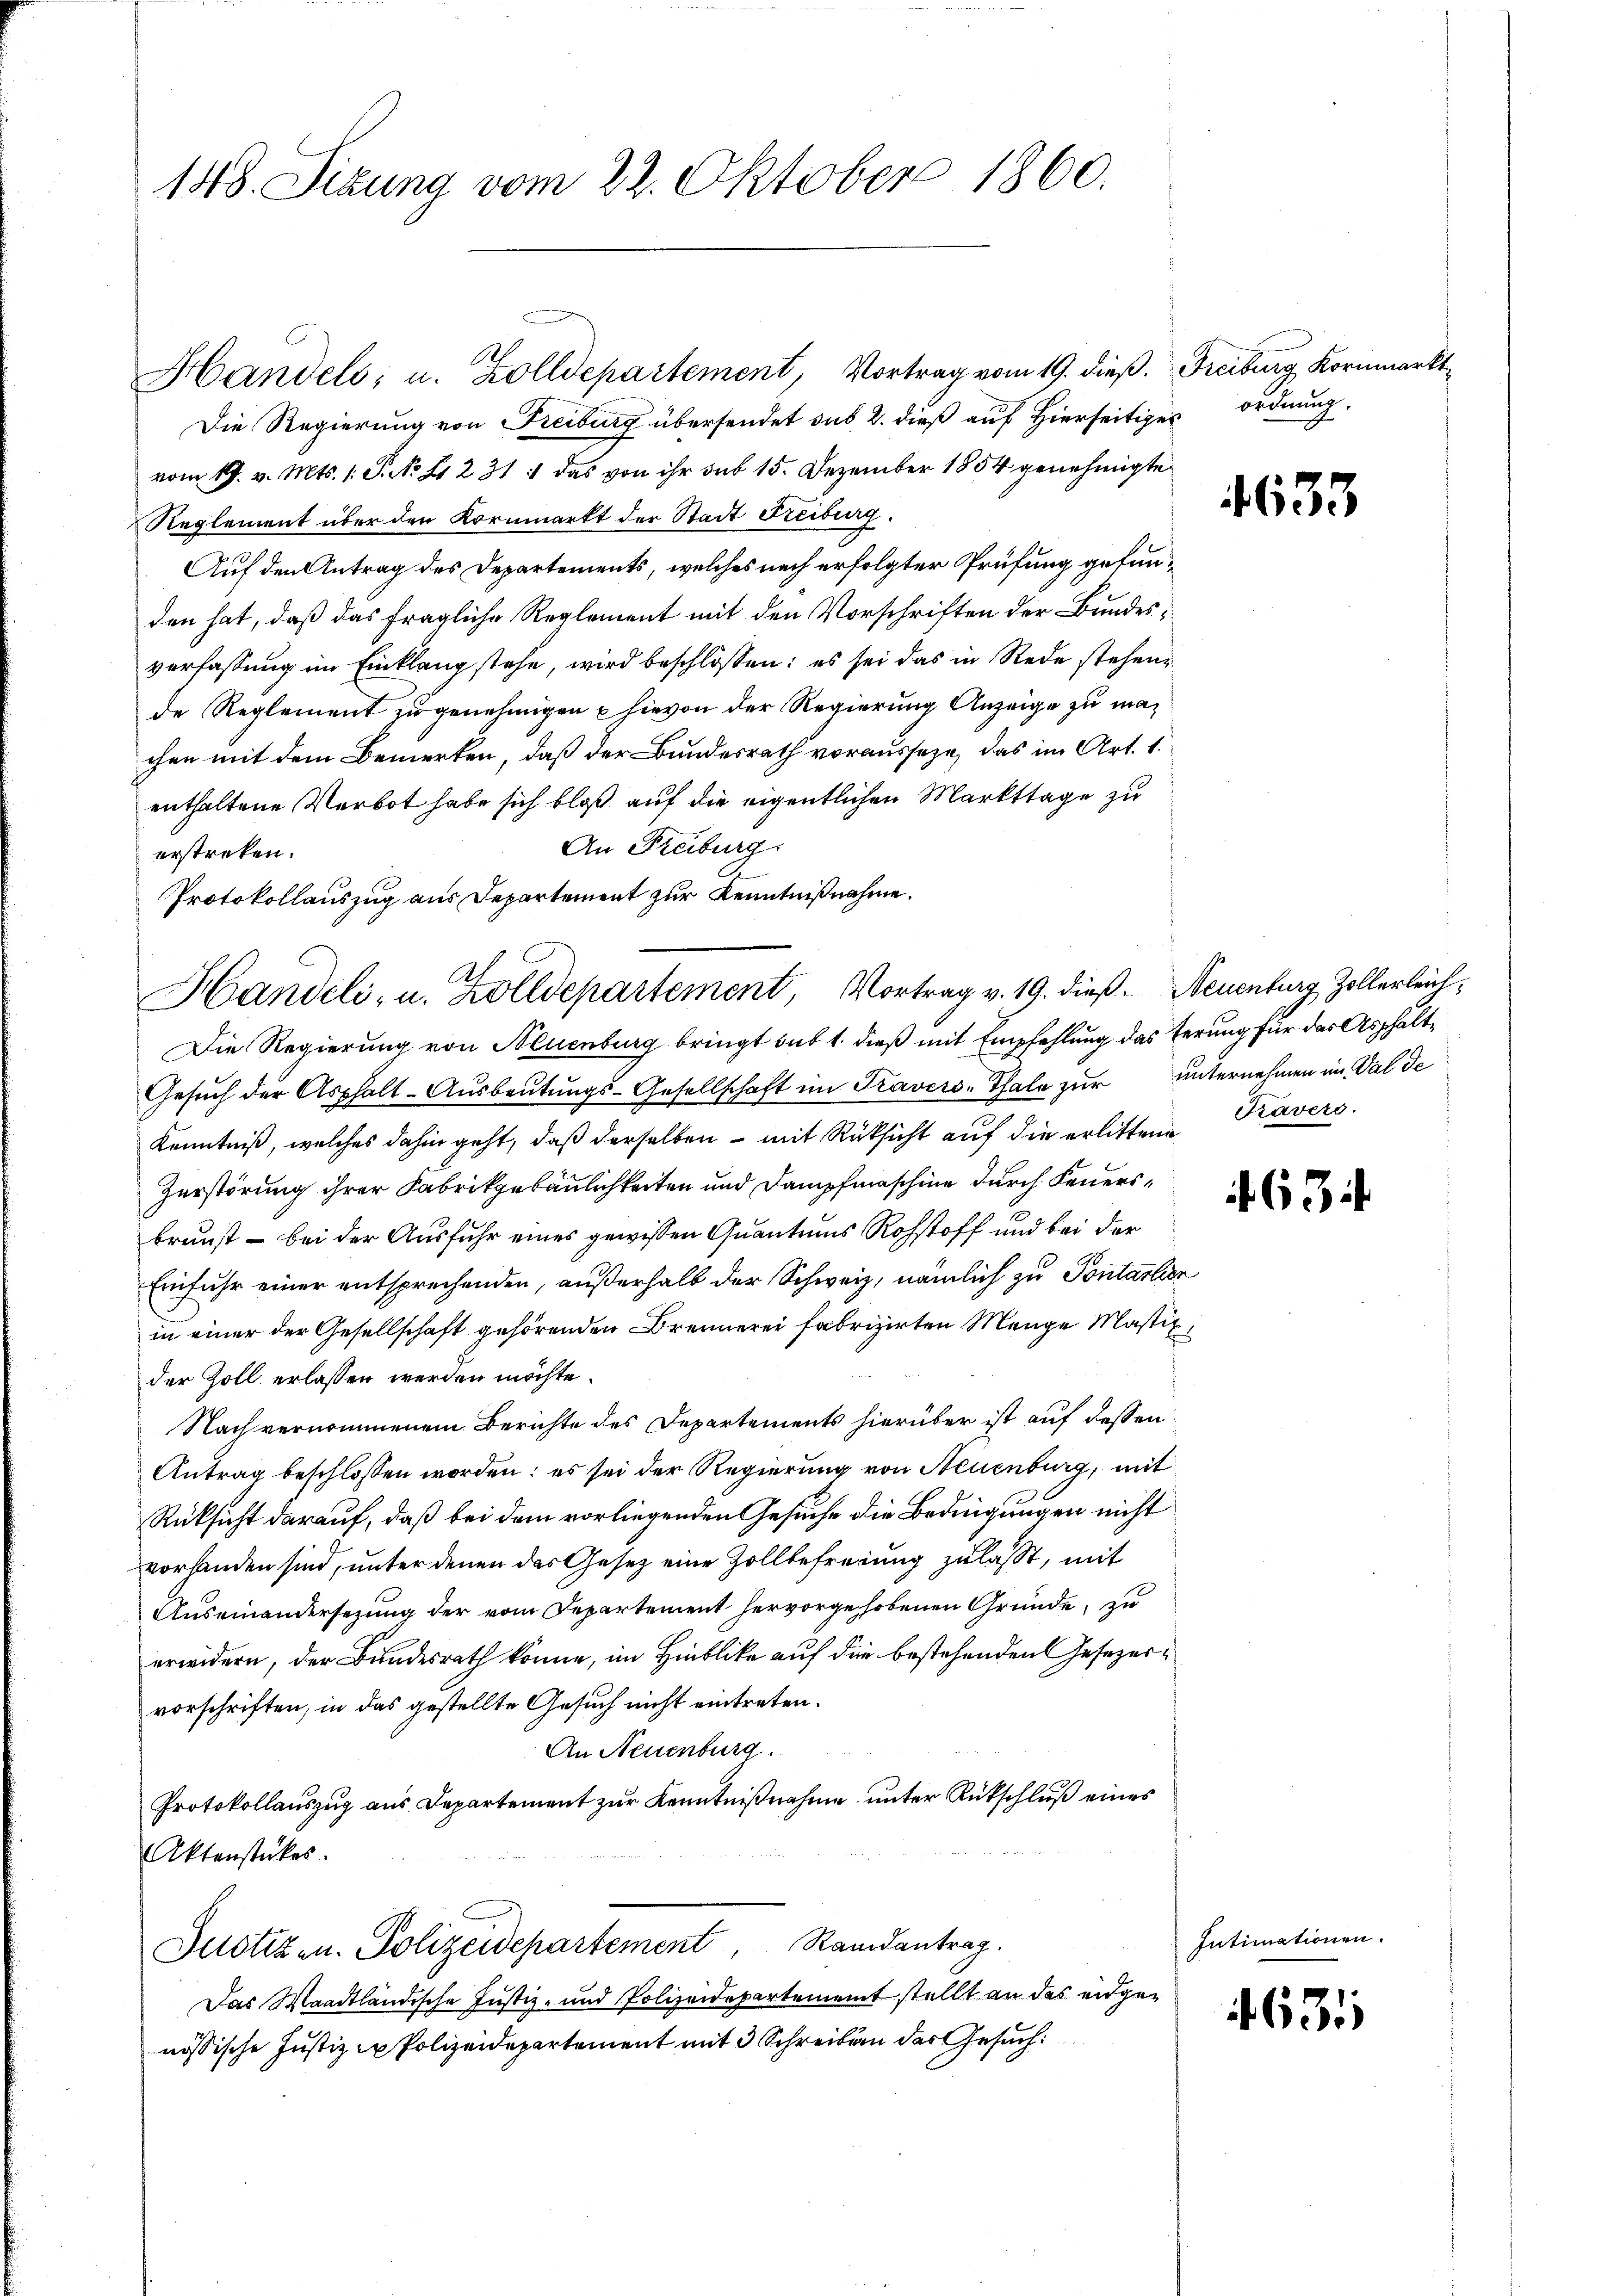
148. Sizung vom 22. Oktober 1860.

Handels, u. Zolldepartement, Vortrag vom 19. dieß. Freiburg Kornmarkt¬

Die Regierung von Freiburg übersendet sub 2. dieß auf Hierseitige ordnung.
vom 19. v. Mts. 1. S. NNo. 21231 : das von ihr sub 15. Dezember 1854 genehmigte
Reglement über den Kornmarkt der Stadt Freiburg.
Auf den Antrag des Departements, welches nach erfolgter Prüfung gefunden hat, daß das fragliche Reglement mit den Vorschriften der Bundesverfassung im Einklang stehe, wird beschlossen: es sei das in Rede stehen
de Reglement zu genehmigen & hievon der Regierung Anzeige zu machen mit dem Bemerken, daß der Bundesrath vorausseze, das im Art. 1.
enthaltene Verbot habe sich bloß auf die eigentlichen Markttage zu
An Freiburg:
erstreken.
Protokollauszug aus Departement zur Kenntnißnahme.
Die Regierung von Neuenburg bringt sub 1. dieß mit Empfehlung das terung für das Asphalt¬
Gesŭch der Asphalt-Aŭsbaŭtŭngs-Gesellschaft im Travers-Thale zur unternehmen im Val de
Kenntniß, welches dahin geht, daß derselben – mit Rücksicht auf die erlittene Kavers
Zerstörung ihrer Fabrikgebäulichkeiten und Dampfmaschine durch Feuersbrunst – bei der Ausfuhr eines gewissen Quantums Rohstoff und bei der
Einfuhr einer entsprechenden, außerhalb der Schweiz, nämlich zu Pontalien
in einer der Gesellschaft gehörenden Brennerei fabrizirten Menge Mastik,
der Zoll erlassen werden möchte.
Nach vernommenem Berichte des Departements hierüber ist auf dessen
Antrag beschlossen worden; es sei der Regierung von Neuenburg, mit
Rüksicht darauf, daß bei dem vorliegenden Gesuche die Bedingungen nicht
vorhanden sind, unter denen das Gesetz eine Zollbefreiung zulasst, mit
Auseinandersezung der vom Departement hervorgehobenen Gründe, zu
erwidern, der Bundesrath könne, im Hinblicke auf die bestehenden Gesezervorschriften, in das gestellte Gesuch nicht eintreten.
An Neuenburg.
Protokollauszug aus Departement zur Kenntnißnahme unter Rückschluß eines
Aktenstückes.
Justizen. Polizeidepartement, Randantrag.
Das Waadtländische Justiz- und Polizeidepartement stellt an das eidgenössische Justiz zu Polizeidepartement mit 3 Schreiben des Gesuch

Handeli, u. Zolldepartement, Vortrag v. 19. dieß. Neuenburg Zollerleich

4633

634

Intimationen.

635